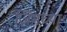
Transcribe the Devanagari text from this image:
जिमच्या